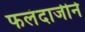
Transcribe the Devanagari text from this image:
फलंदाजीने